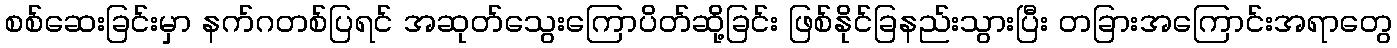
စစ်ဆေးခြင်းမှာ နက်ဂတစ်ပြရင် အဆုတ်သွေးကြောပိတ်ဆို့ခြင်း ဖြစ်နိုင်ခြနည်းသွားပြီး တခြားအကြောင်းအရာတွေ